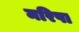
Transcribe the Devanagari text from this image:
मरिषा